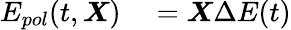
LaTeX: \begin{array}{rl}{E_{pol}(t,\boldsymbol{X})}&{{}=\boldsymbol{X}\Delta E(t)}\end{array}